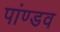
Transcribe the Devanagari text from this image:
पांण्‍डव